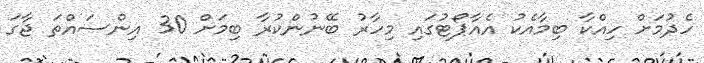
ހެދުމަށް ހިއްކާ ބިމާއެކު އެއާޕޯޓުގައި މިހާރު ބޭނުންކުރާ ބިމަށް 30 އިންސައްތަ ޖާގަ